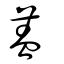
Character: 盖